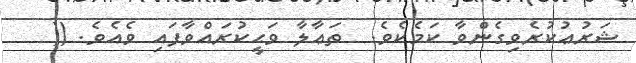
ޝަރުޢުކުރެވިގެންވާ ކަމެކެވެ.  ތަޢާލާ ވަޙީކުރައްވާފައި ވެއެވެ. ((